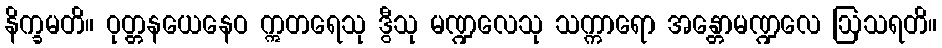
နိက္ခမတိ။ ဝုတ္တနယေနေဝ ဣတရေသု ဒွီသု မဏ္ဍလေသု သက္ကာရော အန္တောမဏ္ဍလေ ဩသရတိ။